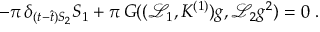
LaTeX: - \pi \, \delta _ { ( t - \hat { t } ) S _ { 2 } } S _ { 1 } + \pi \, G ( ( \mathcal { L } _ { 1 } , K ^ { ( 1 ) } ) g , \mathcal { L } _ { 2 } g ^ { 2 } ) = 0 \ .